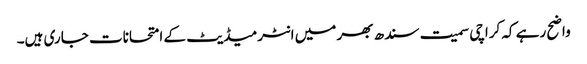
واضح رہے کہ کراچی سمیت سندھ بھر میں انٹرمیڈیٹ کے امتحانات جاری ہیں۔